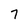
Character: 7